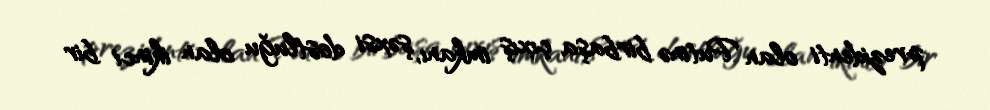
prezidenti olan Putinə birbaşa çıxış imkanı, şəxsi dostluğu olan ikinci bir